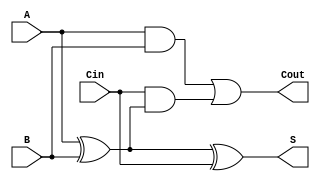
module ripple_carry_full_adder (
    input wire A,      // First binary input
    input wire B,      // Second binary input
    input wire Cin,    // Carry-in input
    output wire S,     // Sum output
    output wire Cout   // Carry-out output
);

// Intermediate signals
wire A_xor_B; // Intermediate sum of A and B

// XOR gates for sum calculation
assign A_xor_B = A ^ B; // A  B
assign S = A_xor_B ^ Cin; // S = (A  B)  Cin

// AND gates for carry-out calculation
wire A_and_B = A & B; // A  B
wire Cin_and_A_xor_B = Cin & A_xor_B; // Cin  (A  B)

// OR gate for final carry-out
assign Cout = A_and_B | Cin_and_A_xor_B; // Cout = (A  B) + (Cin  (A  B))

endmodule